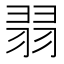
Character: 𦐱